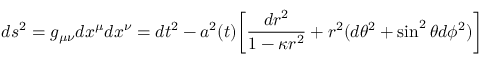
d s ^ { 2 } = g _ { \mu \nu } d x ^ { \mu } d x ^ { \nu } = d t ^ { 2 } - a ^ { 2 } ( t ) \biggl [ \frac { d r ^ { 2 } } { 1 - { \kappa } r ^ { 2 } } + r ^ { 2 } ( d \theta ^ { 2 } + \sin ^ { 2 } { \theta } d \phi ^ { 2 } ) \biggr ]